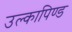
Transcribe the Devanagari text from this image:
उल्‍कापिण्‍ड